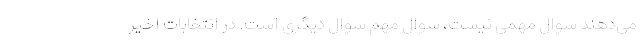
می‌دهند سوال مهمی نیست، سوال مهم سوال دیگری است. در انتخابات اخیر